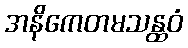
အနိကေတမသန္ထဝံ